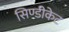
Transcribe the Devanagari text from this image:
सिण्डीकेट